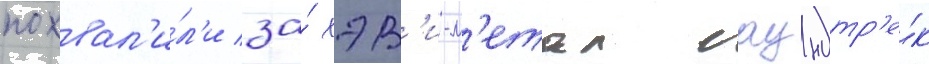
похвал'и́л'и за́ хэв'и-м'етал саундтр'е́к